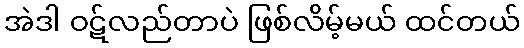
အဲဒါ ဝဋ်လည်တာပဲ ဖြစ်လိမ့်မယ် ထင်တယ်